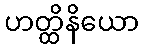
ဟတ္ထိနိယော